Civil Veterinary Department Bengal reports 1923-33 - 1923-1933
Year: 1923
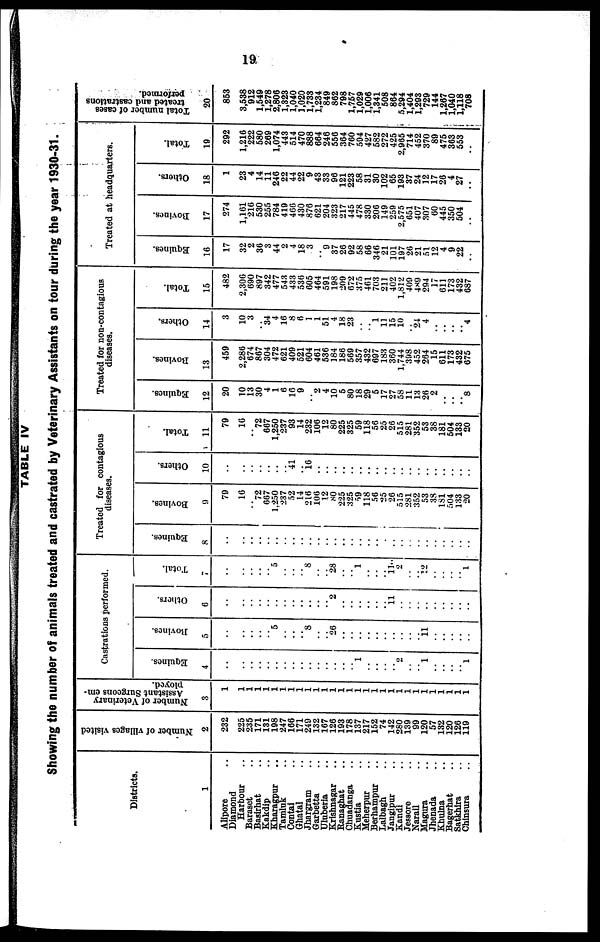
19
TABLE IV
Showing the number of animals treated and castrated by Veterinary Assistants on tour during the year 1930-31.
Districts.
1
Alipore ..
Diamond
Harbour
Baraset ..
Basirhat ..
Kakdip ..
Kharagpur ..
Tamluk ..
Contai ..
Ghatal ..
Jhargram ..
Garbetta ..
Uluberia ..
Krishnagar ..
Banaghat ..
Chuadanga ..
Kustia ..
Meherpur ..
Berhampur ..
Lalbagh ..
Jangipur ..
Kandi ..
Jessore ..
Narail ..
Magura ..
Jhenada ..
Khulna ..
Bagerhat ..
Satkhira ..
Chinsura ..
Number of villages visited
2
232
225
235
171
131
198
247
166
171
240
132
167
126
193
178
137
217
152
74
142
280
139
99
120
57
132
120
126
119
Number of Veterinary
Assistant Surgeons em-
ployed.
3
1
1
1
1
1
1
1
1
1
1
1
1
1
1
1
1
1
1
1
1
1
1
1
1
1
1
1
1
1
Castrations performed.
Equines.
4
..
..
..
..
..
..
..
..
..
..
..
..
..
..
.. 1
..
..
..
.. 2
..
.. 1
..
..
..
.. 1
Bovines.
5
..
..
..
..
.. 5
..
..
.. 8
..
.. 20
..
..
..
..
..
..
..
..
..
.. 11
..
..
..
..
..
Others.
6
..
..
..
..
..
..
..
..
..
..
..
.. 2
..
..
..
..
..
.. 11
..
..
..
..
..
..
..
..
..
Total.
7
..
..
..
..
.. 5
..
..
.. 8
..
.. 28
..
.. 1
..
..
.. 11 2
..
.. 12
..
..
..
.. 1
Treated for contagious
diseases.
Equines.
8
..
..
..
..
..
..
..
..
..
..
..
..
..
..
..
..
..
..
..
..
..
..
..
..
..
..
..
..
..
Bovines.
9
79
10
.. 72 667
1,250
237
52
14
216
106
12
80
225
325
59
118
56
25
26
515
281
352
53
38
181
504
133
20
Others.
10
..
..
..
..
..
..
.. 41
.. 16
..
..
..
..
..
..
..
..
..
..
..
..
..
..
..
..
..
..
..
Total.
11
79
10
.. 72
667
1,250
237
93
14
232
106
12
80
225
325
59
118
56
25
26
515
281
352
53
38
181
504
133
20
Treated for non-contagious
diseases.
Equines.
12
20
10
13
30
4
1
6
10
9
.. 2 4
10
5
80
18
29
5
17
27
58
11
13
26
2
..
..
.. 8
Bovines.
13
459
2,286
674
867
304
472
621
409
521
604
461
536
184
186
569
357
432
697
183
360
1,744
398
452
264
15
611
173
432
675
Others.
14
3
10
3
.. 34
4
16
8
6
1
1
51
4
18
23
..
..
1 11
15
10
.. 24
4
..
..
..
.. 4
Total.
15
482
2,306
090
897
342
477
543
433
536
605
464
591
198
209
672
375
401
703
211
402
1,812
409
489
294
17
611
173
432
687
Treated at headquarters.
Equines.
16
17
32
2
36
3
44
2
4
18
3
.. 9 37
26
92
58
66
346
21
101
197
26
21
51
12
4
9
22
..
Bovines.
17
274
1,161
216
530
255
784
419
466
430
876
621
204
323
217
445
478
330
206
149
259
2,575
651
407
307
60
445
350
504
..
Others.
18
1
23
4
14
11
240
22
44
22
9
43
33
96
121
223
58
31
30
102
65
193
37
24
12
17
26
4
27
..
Total.
19
292
1,216
222
580
269
1,074
443
514
470
888
664
246
556
364
760
594
427
582
272
425
2,965
714
452
370
89
475
363
553
..
Total number of cases
treated and castrations
performed.
20
853
3,538
912
1,549
1,278
2,806
1,323
1,040
1,020
1,733
1,234
849
862
798
1,757
1,029
1,006
1,341
508
864
5,294
1,404
1,293
729
144
1,267
1,040
1,118
708